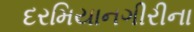
દરમિયાનગીરીના